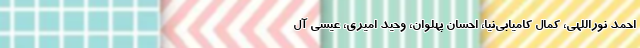
احمد نوراللهی، کمال کامیابی‌نیا، احسان پهلوان‌، وحید امیری، عیسی آل